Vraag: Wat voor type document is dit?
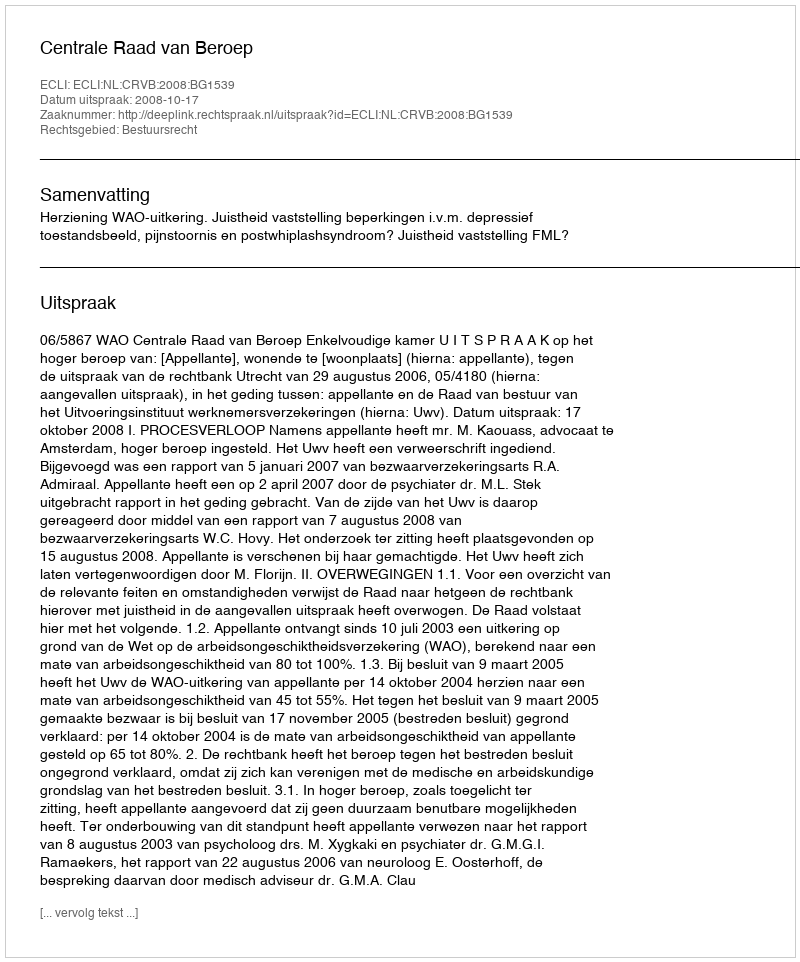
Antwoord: Uitspraak